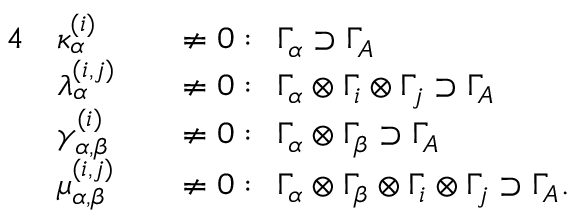
\begin{array} { r l r l } { { 4 } } & { \kappa _ { \alpha } ^ { ( i ) } } & & { \neq 0 : \; \, \Gamma _ { \alpha } \supset \Gamma _ { A } } \\ & { \lambda _ { \alpha } ^ { ( i , j ) } } & & { \neq 0 : \; \, \Gamma _ { \alpha } \otimes \Gamma _ { i } \otimes \Gamma _ { j } \supset \Gamma _ { A } } \\ & { \gamma _ { \alpha , \beta } ^ { ( i ) } } & & { \neq 0 : \; \, \Gamma _ { \alpha } \otimes \Gamma _ { \beta } \supset \Gamma _ { A } } \\ & { \mu _ { \alpha , \beta } ^ { ( i , j ) } } & & { \neq 0 : \; \, \Gamma _ { \alpha } \otimes \Gamma _ { \beta } \otimes \Gamma _ { i } \otimes \Gamma _ { j } \supset \Gamma _ { A } . } \end{array}